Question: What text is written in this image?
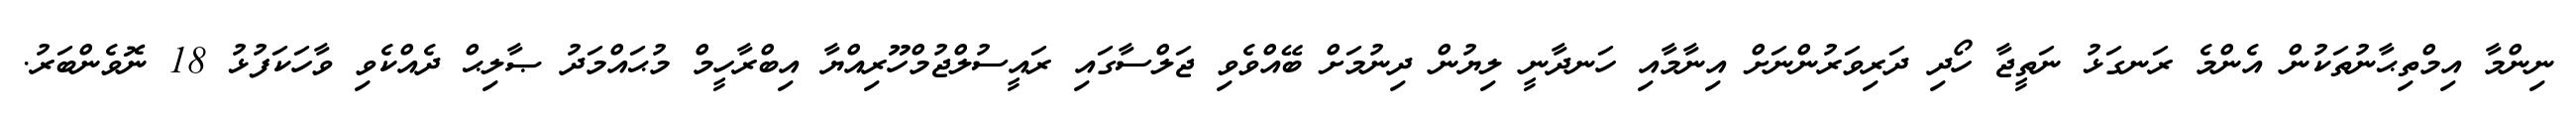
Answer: ނިންމާ އިމްތިޙާނުތަކުން އެންމެ ރަނގަޅު ނަތީޖާ ހޯދި ދަރިވަރުންނަށް އިނާމާއި ހަނދާނީ ލިޔުން ދިނުމަށް ބޭއްވެވި ޖަލްސާގައި ރައީސުލްޖުމްހޫރިއްޔާ އިބްރާހީމް މުޙައްމަދު ޞާލިޙް ދެއްކެވި ވާހަކަފުޅު 18 ނޮވެންބަރު.